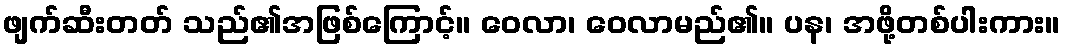
ဖျက်ဆီးတတ် သည်၏အဖြစ်ကြောင့်။ ဝေလာ၊ ဝေလာမည်၏။ ပန၊ အဖို့တစ်ပါးကား။